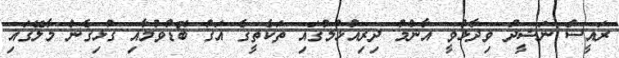
ރައީސް ނަޝީދު ވިދާޅުވީ އާންމު ދިރިއުޅުމުގައި ތަކެތީގެ އަގު ބޮޑުވުމާއި ގުޅިގެން މާލޭގައި